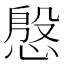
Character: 慇